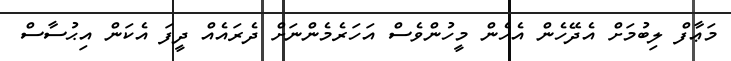
މަޢާފް ލިބުމަށް އެދޭހެން އެހެން މީހުންވެސް އަހަރެމެންނަށް ދެރައެއް ދީފަ އެކަން އިޙުސާސް